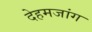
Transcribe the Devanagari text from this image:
देहमजांग